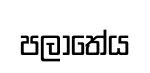
පලාතේය